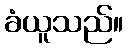
ခံယူသည်။